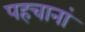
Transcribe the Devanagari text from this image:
पहचानां